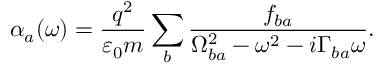
\alpha _ { a } ( \omega ) = \frac { q ^ { 2 } } { \varepsilon _ { 0 } m } \sum _ { b } \frac { f _ { b a } } { \Omega _ { b a } ^ { 2 } - \omega ^ { 2 } - i \Gamma _ { b a } \omega } .